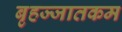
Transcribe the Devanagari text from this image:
बृहज्जातकम